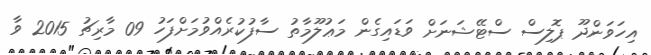
އިހަވަންދޫ ޕޮލިސް ސްޓޭޝަނަށް ވަޑައިގެން މަޢުލޫމާތު ސާފުކުރެއްވުމަށްފަހު 09 މާރިޗު 2015 ވާ